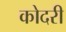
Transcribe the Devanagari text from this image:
कोदरी